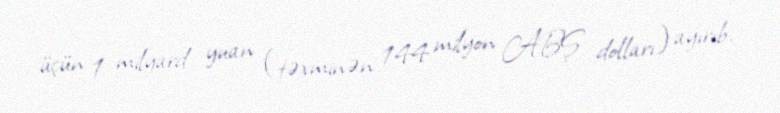
üçün 1 milyard yuan (təxminən 144 milyon ABŞ dolları) ayırıb.